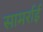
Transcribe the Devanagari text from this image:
सामर्राई